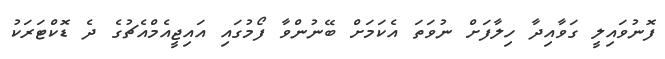
ފޮނުވައިލީ ގަވާއިދާ ހިލާފަށް ނުވަތަ އެކަމަށް ބޭނުންވާ ފޯމުގައި އައިޖީއެމްއެޗުގެ ދެ ޑޮކްޓަރަކު